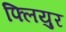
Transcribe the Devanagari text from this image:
फ्लियुर